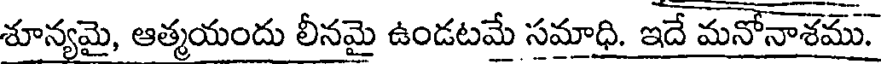
శూన్యమై, ఆత్మయందు లీనమై ఉండటమే సమాధి. ఇదే మనోనాశము.